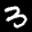
Label: 3